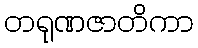
တရုဏဇာတိကာ